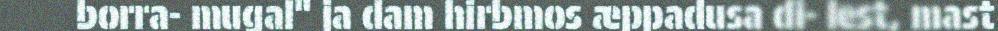
borra- mugal" ja dam hirbmos æppadusa di- lest, mast